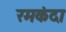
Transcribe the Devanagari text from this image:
रमकंदा